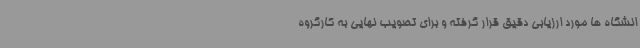
انشگاه ها مورد ارزیابی دقیق قرار گرفته و برای تصویب نهایی به کارگروه